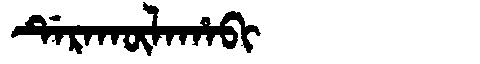
Manchu: ᡩᡝᡵᠠᡴᡡᠯᠠᡥᠠᠪᡳ
Romanization: DERAKŪLAHABI